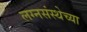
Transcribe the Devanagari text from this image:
लग्नसंस्थेच्या